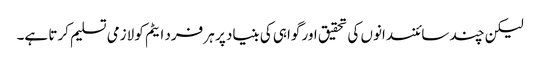
لیکن چند سائنسدانوں کی تحقیق اور گواہی کی بنیاد پر ہر فرد ایٹم کو لازمی تسلیم کرتا ہے۔